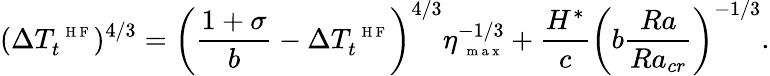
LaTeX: (\Delta T_{t}^{\mathrm{~\scriptsize~H~F~}})^{4/3}=\left(\frac{1+\sigma}{b}-\Delta T_{t}^{\mathrm{~\scriptsize~H~F~}}\right)^{4/3}\eta_{\mathrm{~\scriptsize~m~a~x~}}^{-1/3}+\frac{H^{*}}{c}\left(b\frac{Ra}{Ra_{cr}}\right)^{-1/3}.